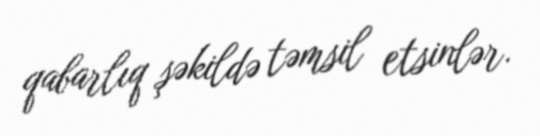
qabarlıq şəkildə təmsil etsinlər.